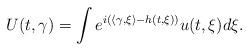
LaTeX: \begin{align*} U(t,\gamma) = \int e^{i(\langle \gamma, \xi\rangle - h(t,\xi))} u(t,\xi) d\xi.\end{align*}